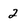
Character: 2